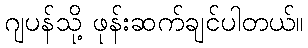
ဂျပန်သို့ ဖုန်းဆက်ချင်ပါတယ်။